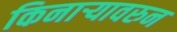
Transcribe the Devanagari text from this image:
किनार्‍यावरुन